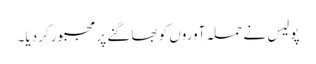
پولیس نے حملہ آوروں کو بھاگنے پر مجبور کردیا۔